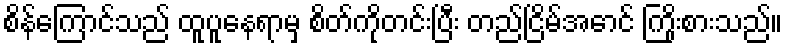
စိန်ကြောင်သည် ထူပူနေရာမှ စိတ်ကိုတင်းပြီး တည်ငြိမ်အောင် ကြိုးစားသည်။